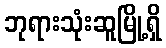
ဘုရားသုံးဆူမြို့ရှိ